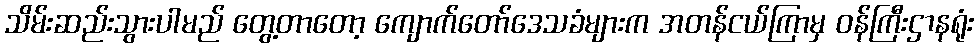
သိမ်းဆည်းသွားပါမည် တွေ့တာတော့ ကျောက်တော်ဒေသခံများက အတန်ငယ်ကြာမှ ဝန်ကြီးဌာနရုံး